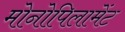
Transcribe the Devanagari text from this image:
मोनोपिलामेंट